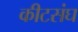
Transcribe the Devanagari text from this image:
कीटसंघ